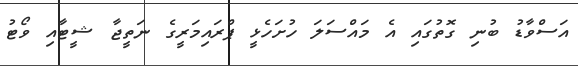
އަސްވާޑު ބުނި ގޮތުގައި އެ މައްސަލަ ހުށަހެޅީ ޕްރައިމަރީގެ ނަތީޖާ ޝީޓާއި ވޯޓު